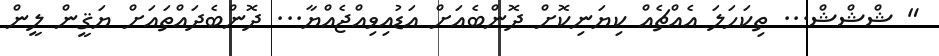
" ޝްޝްޝް... ތިކަހަލަ އެއްޗެއް ކިޔަނިކޮށް ދޮންބެއަށް އަޑުއިވިއްޖެއްޔާ... ދޮންބެދައްތައަށް ޔަޤީން ލީން